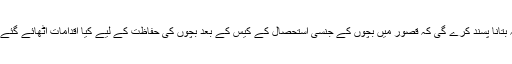
کیا ’گڈ گورننس کی بہترین مثال‘ حکومت پنجاب یہ بتانا پسند کرے گی کہ قصور میں بچوں کے جنسی استحصال کے کیس کے بعد بچوں کی حفاظت کے لیے کیا اقدامات اٹھائے گئے ہیں اور ان پر عمل درآمد کی کیا صورت حال ہے؟